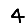
Digit: 4